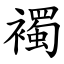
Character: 襡